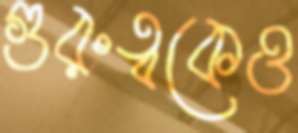
গুরুত্বকেও